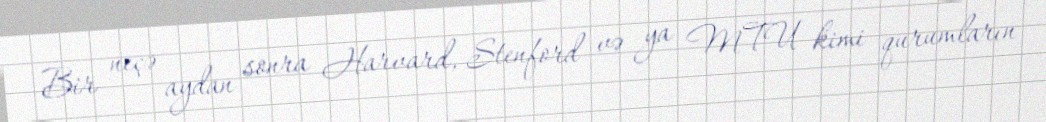
Bir neçə aydan sonra Harvard, Stenford və ya MTU kimi qurumların